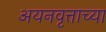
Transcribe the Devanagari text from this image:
अयनवृत्ताच्या